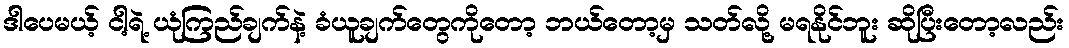
ဒါပေမယ့် ငါ့ရဲ့ ယုံကြည်ချက်နဲ့ ခံယူချက်တွေကိုတော့ ဘယ်တော့မှ သတ်လို့ မရနိုင်ဘူး ဆိုပြီးတော့လည်း